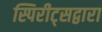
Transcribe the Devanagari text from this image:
स्पिरीट्सद्वारा